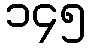
၁၄၅